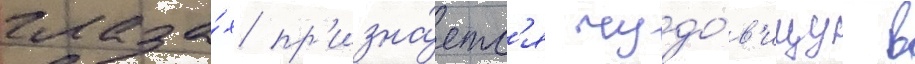
глаза́х пр'изна́етс'я чудо́в'ищу в